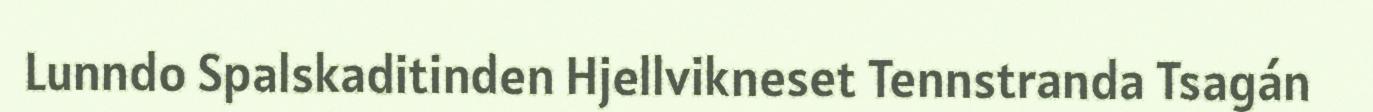
Lunndo Spalskaditinden Hjellvikneset Tennstranda Tsagán